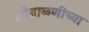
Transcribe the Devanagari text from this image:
ओवाळणीच्या